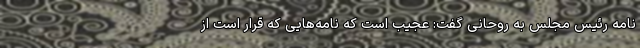
نامه رئیس مجلس به روحانی گفت: عجیب است که نامه‌هایی که قرار است از